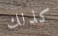
كذلك